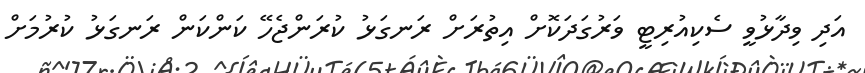
އަދި ވިދާޅުވީ ސެކިއުރިޓީ ވަރުގަދަކޮށް އިތުރަށް ރަނގަޅު ކުރަންޖެހޭ ކަންކަން ރަނގަޅު ކުރުމަށް